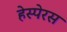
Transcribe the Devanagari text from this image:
हेस्पेरस